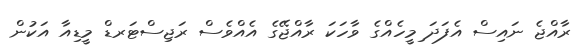
ރާއްޖެ ނައިސް އެފަދަ ިމީހެއްގެ ވާހަކަ ރާއްޖޭގެ އެއްވެސް ރަޖިސްޓަރޑް މީޑިއާ އަކުން